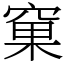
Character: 窠